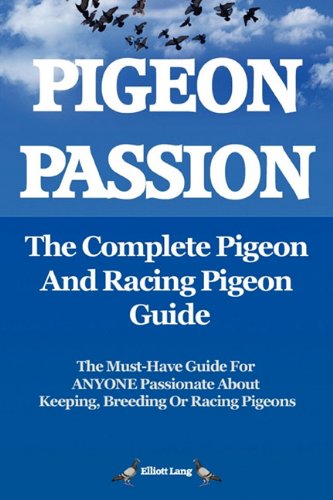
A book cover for Pigeon Passion. the Complete Pigeon and Racing Pigeon Guide.; Elliott Lang; Crafts, Hobbies & Home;